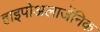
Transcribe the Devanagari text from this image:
हाइपोअलार्जेनिक